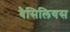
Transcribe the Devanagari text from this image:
बैसिलियस